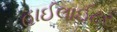
હાઈલાઈટર